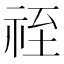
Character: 祬